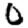
Digit: 0